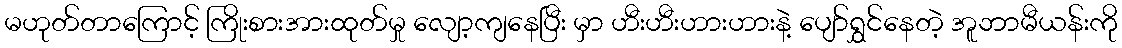
မဟုတ်တာကြောင့် ကြိုးစားအားထုတ်မှု လျော့ကျနေပြီး မှာ ဟီးဟီးဟားဟားနဲ့ ပျော်ရွှင်နေတဲ့ အူဘာမီယန်းကို